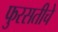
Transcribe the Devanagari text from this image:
फुरसतीचे